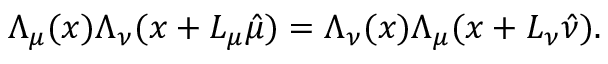
\Lambda _ { \mu } ( x ) \Lambda _ { \nu } ( x + L _ { \mu } \hat { \mu } ) = \Lambda _ { \nu } ( x ) \Lambda _ { \mu } ( x + L _ { \nu } \hat { \nu } ) .